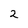
Character: 2